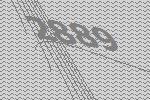
2889